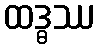
ထဒ္ဓဿ